Medical and sanitary report of the native army of Bengal for the year
Year: 1877
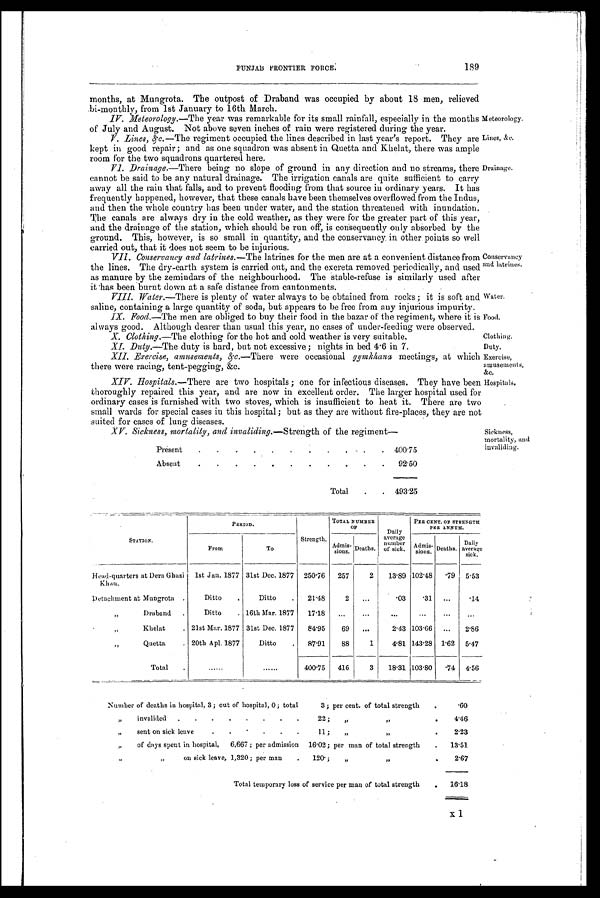
189
PUNJAB FRONTIER FORCE.
months, at Mungrota. The outpost of Draband was occupied by about 18 men, relieved
bi-monthly, from 1st January to 16th March.
IV. Meteorology. —The year was remarkable for its small rainfall, especially in the months
of July and August. Not above seven inches of rain were registered during the year.
V. Lines, &c.— The regiment occupied the lines described in last year's report. They are
kept in good repair; and as one squadron was absent in Quetta and Khelat, there was ample
room for the two squadrons quartered here.
VI. Drainage.—There being no slope of ground in any direction and no streams, there
cannot be said to be any natural drainage. The irrigation canals are quite sufficient to carry
away all the rain that falls, and to prevent flooding from that source in ordinary years. It has
frequently happened, however, that these canals have been themselves overflowed from the Indus,
and then the whole country has been under water, and the station threatened with inundation.
The canals are always dry in the cold weather, as they were for the greater part of this year,
and the drainage of the station, which should be run off, is consequently only absorbed by the
ground. This, however, is so small in quantity, and the conservancy in other points so well
carried out, that it does not seem to be injurious.
VII. Conservancy and latrines. —The latrines for the men are at a convenient distance from
the lines. The dry-earth system is carried out, and the excreta removed periodically, and used
as manure by the zemiudars of the neighbourhood. The stable-refuse is similarly used after
it has been burnt down at a safe distance from cantonments.
VIII. Water .—There is plenty of water always to be obtained from rocks; it is soft and
saline, containing a large quantity of soda, but appears to be free from any injurious impurity.
IX. Food.—The men are obliged to buy their food in the bazar of the regiment, where it is
always good. Although dearer than usual this year, no cases of under-feeding were observed.
X. Clothing.—The clothing for the hot and cold weather is very suitable.
XI.
XI. Duty.—The duty is hard, but not excessive; nights in bed 4 . 6 in 7.
XII. Exercise, amusements,& c.—There were occasional gymkhana meetings, at which
there were racing, tent-pegging, &c.
XIV. Hospitals. —There are two hospitals; one for infectious diseases. They have been
thoroughly repaired this year, and are now in excellent order. The larger hospital used for
ordinary cases is furnished with two stoves, which is insufficient to heat it. There are two
small wards for special cases in this hospital; but as they are without fire-places, they are not
suited for cases of lung diseases.
XV. Sickness, mortality, and invaliding.—Strength of the regiment—
Present
.
.
.
.
.
.
.
.
.
. 400.75
Absent
.
.
.
.
.
.
.
.
.
.
.
92.50
Total
.
. 493.25
Meteorology.
Li nes, &c.
Drainage.
Conservancy
and latrines.
Water.
Food.
Clothing.
Duty.
Exercise,
amusements,
&c.
Hospitals.
Sickness,
mortality, and
invaliding.
STATION.
PERIOD.
—
Strength,
TOTAL NUMBER
OF
Daily
average
number
of sick.
PER CENT. OF STRENGTH
PER ANNUM.
From
To
Admis-
sions.
Deaths.
Admis-
sions.
Deaths.
Daily
average
s i c k .
Head-quarters at Dera Ghazi
Khan.
1st Jan. 1877 31st Dec. 1877
250.76
257
2
13.89 102.48
.79
5.53
Detachment at Mungrota .
Ditto
.
Ditto
.
21.48
2
...
.03
.31
...
.14
„
Draband
.
Ditto
. 16th Mar. 1877
17.18
...
...
...
. . .
...
. . .
„
Khelat
. 21st Mar. 1877 31st Dec. 1877
84.95
69
...
2.43 103.66
...
2.86
„
Quetta
. 20th Apl. 1877
Ditto
.
87.91
88
1
4.81 143.28 1.62
5.47
Total
...... ......
400.75
416
3
18.31 103.80
.74
4.56
Number of deaths in hospital, 3 ; out of hospital, 0 ; total
3 ; per cent. of total strength
.60
„
invalided
.
.
.
.
.
.
.
.
22 ;
„ „
4.46
„
sent on sick leave
.
.
.
.
.
11 ;
„ „
2.23
„
of days spent in hospital,
6,667; per admission
16.02; per man of total strength
.
13.51
„ „
on sick leave, 1,320; per man
.
120;
„
„
2.67
Total temporary loss of service per man of total strength
.
16.18
X 1